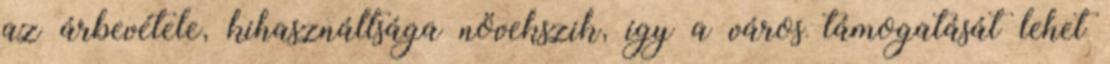
az árbevétele, kihasználtsága növekszik, így a város támogatását lehet